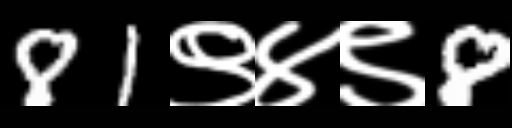
Text: 81९४९8